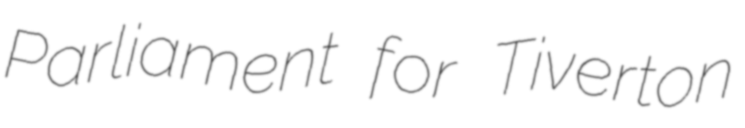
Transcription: Parliament for Tiverton